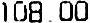
108.00